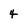
Character: 4